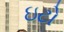
ઇટો